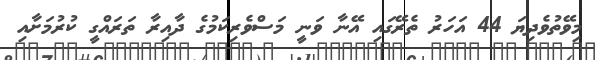
މިވޭތުވެދިޔަ 44 އަހަރު ތެރޭގައި އޭނާ ވަނީ މަސްވެރިކަމުގެ ދާއިރާ ތަރައްގީ ކުރުމަށާއި